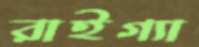
রাইগ্যা